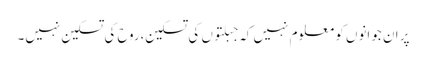
پر ان جوانوں کو معلوم نہیں کہ جبلتوں کی تسکین،روح کی تسکین نہیں۔